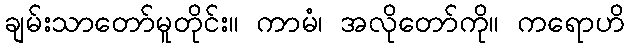
ချမ်းသာတော်မူတိုင်း။ ကာမံ၊ အလိုတော်ကို။ ကရောဟိ